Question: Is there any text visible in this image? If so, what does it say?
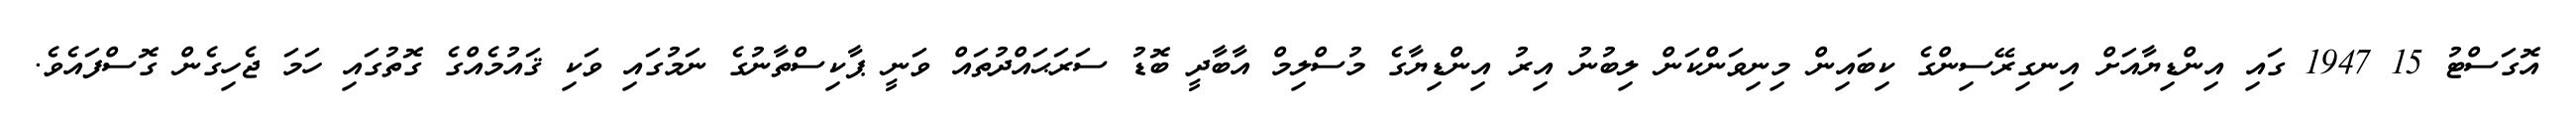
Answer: އޮގަސްޓު 15 1947 ގައި އިންޑިޔާއަށް އިނގިރޭސިންގެ ކިބައިން މިނިވަންކަން ލިބުނު އިރު އިންޑިޔާގެ މުސްލިމް އާބާދީ ބޮޑު ސަރަޙައްދުތައް ވަނީ ޕާކިސްތާނުގެ ނަމުގައި ވަކި ޤައުމެއްގެ ގޮތުގައި ހަމަ ޖެހިގެން ގޮސްފައެވެ.